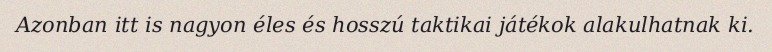
Azonban itt is nagyon éles és hosszú taktikai játékok alakulhatnak ki.